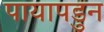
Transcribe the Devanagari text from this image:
पायापडुन